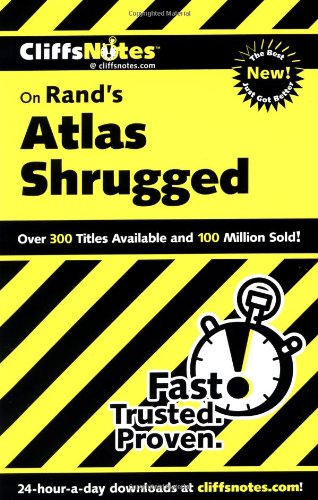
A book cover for CliffsNotes on Rand's Atlas Shrugged (Cliffsnotes Literature Guides); Andrew Bernstein; Literature & Fiction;